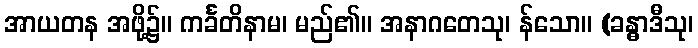
အာယတန အဖို့၌။ ကင်္ခတိနာမ၊ မည်၏။ အနာဂတေသု၊ န်သော။ (ခန္ဓာဒီသု၊